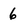
Character: 6